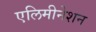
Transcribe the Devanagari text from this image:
एलिमीनेशन